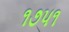
૧૭૫૧